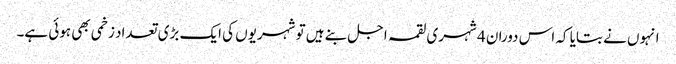
انہوں نے بتایا کہ اس دوران 4 شہری لقمہ اجل بنے ہیں تو شہریوں کی ایک بڑی تعداد زخمی بھی ہوئی ہے۔